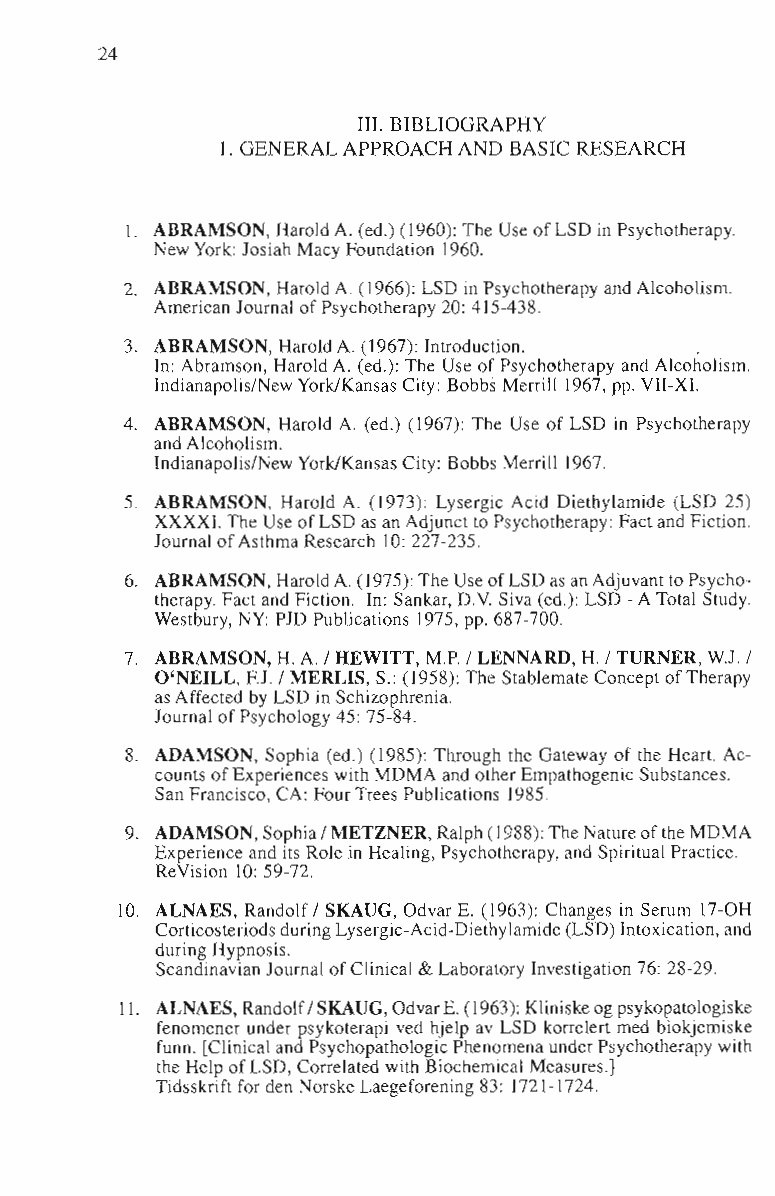
24
 Ill. BIBLIOGRAPHY
 I . GENERAL APPROACH AND BASIC RESEARCH
 1. ADRAMSON, Harold A. (ed.) (1960): The Use of LSD in Psychotherapy.
 New York: 10siah Macy Foundation 1960.
 2. ABRAMSON, Haro1d A. (1966): LSD in Psychotherapy and Alcoholism.
 American Journal of Psychotherapy 20: 415-438.
 3. ABRAMSON, Harold A. (1967): Introduction. .
 In: Abramson, Haro1d A. (ed.): The Use of Psychotherapy and Alcoholism.
 Indianapolis/New York/Kansas City: Bobbs Merril! 1967, pp. VII-XI.
 4. ABRAMSON, Harold A. (ed.) (1967): The Use of LSD in Psychotherapy
 and Alcoholism.
 Indianapolis/New York/Kansas City: Bobbs Merrill 1967.
 5. ABRAMSON, Harold A. (1973): Lysergic Acid Diethylamide (LSD 25)
 XXXXI. The Use of LSD as an Adjunct to Psychotherapy: Fact and Fiction.
 Journal of Asthma Research 10: 227-235.
 6. ABRAMSON, Harold A. (1975): The Use of LSD as an Adjuvant to Psycho­
 therapy. Fact and Fiction. In: Sankar, D.V. Siva (ed.): LSD -A Total Study.
 pm
 Westbury, NY: Publications 1975, pp. 687-700.
 7. ADRAMSON, H. A. I HEWITT, M.P. I LENNARD, H. I TURNER, WJ. I
 O'NEILL, EJ. I MERLlS, S.: (1958): The Stablemate Concept of Therapy
 as Affected by LSD in Schizophrenia.
 lournal of Psychology 45: 75-84.
 8. ADAMSON, Sophia (ed.) (1985): Through the Gateway of the Heart. Ac­
 counts of Experiences with MDMA and other Empathogenic Substances.
 San Francisco, CA: Four Trees Publications 1985.
 9. ADAMSON, Sophia I METZNER, Ralph (1988): The Nature of the MDMA
 Experience and its Role in Healing, Psychotherapy, and Spiritual Practice.
 ReVision 10: 59-72.
 10. ALNAES, Randolf I SKAUG, Odvar E. (1963): Changes in Serum 17-0H
 Corticosteriods during Lysergic-Acid-Diethylamide (LSD) Intoxication, and
 during Hypnosis.
 Scandinavian Journal of Clinical & Laboratory Investigation 76: 28-29.
 11. ALNAES, Randolf I SKAUG, Odvar E. (1963): Kliniske og psykopatologiske
 fenomener under psykoterapi ved hjelp av LSD korrelert med biokjemiske
 funn. [Clinical and Psychopathologic Phenomena under Psychotherapy with
 the Help of LSD, Correlated with Biochemical Measures.]
 Tidsskrift for den Norske Laegeforening 83: 1721-1724.